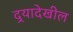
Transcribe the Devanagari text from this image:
दर्‍यादेखील